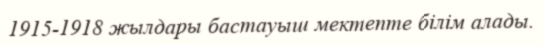
1915-1918 жылдары бастауыш мектепте білім алады.